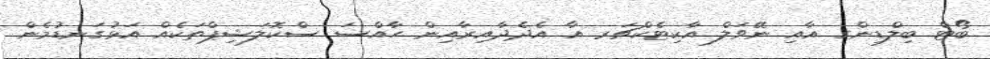
ބޯޓް ބިލްޑިންގ އާއި ނޭވަލް އާކިޓެކްޗަރ އާ އެދެދާއިރާއިން ހާއްސަ ސްކޮލަޝިޕްތަކެއް އަޅުގަނޑުމެން